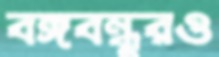
বঙ্গবন্ধুরও